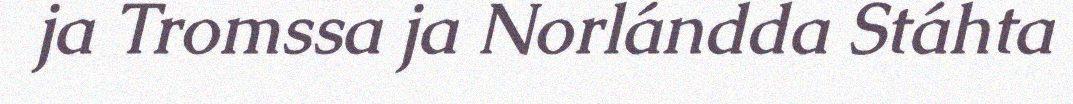
ja Tromssa ja Norlándda Stáhta